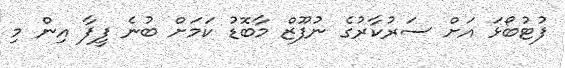
ފުޓުބޯޅަ އަށް ސަރުކާރުގެ ނުފޫޒް މާބޮޑު ކަމަށް ބުނެ ފީފާ އިން މި